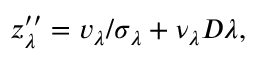
z _ { \lambda } ^ { \prime \prime } = v _ { \lambda } / \sigma _ { \lambda } + \nu _ { \lambda } D \lambda ,